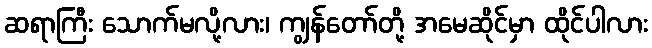
ဆရာကြီး သောက်မလို့လား၊ ကျွန်တော်တို့ အမေဆိုင်မှာ ထိုင်ပါလား